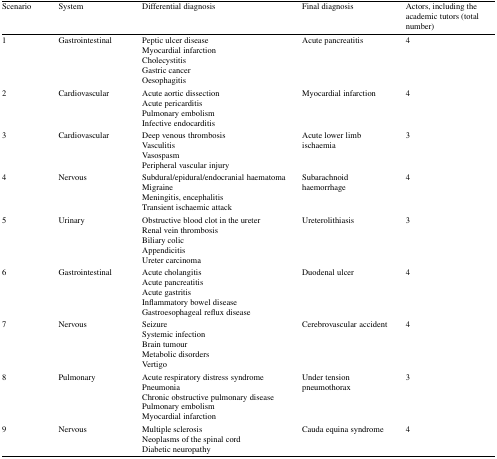
| Scenario | System | Differential diagnosis | Final diagnosis | Actors, including the academic tutors (total number) |
 | --- | --- | --- | --- | --- |
 | 1 | Gastrointestinal | Peptic ulcer diseaseMyocardial infarctionCholecystitisGastric cancerOesophagitis | Acute pancreatitis | 4 |
 | 2 | Cardiovascular | Acute aortic dissectionAcute pericarditisPulmonary embolismInfective endocarditis | Myocardial infarction | 4 |
 | 3 | Cardiovascular | Deep venous thrombosisVasculitisVasospasmPeripheral vascular injury | Acute lower limb ischaemia | 3 |
 | 4 | Nervous | Subdural/epidural/endocranial haematomaMigraineMeningitis, encephalitisTransient ischaemic attack | Subarachnoid haemorrhage | 4 |
 | 5 | Urinary | Obstructive blood clot in the ureterRenal vein thrombosisBiliary colicAppendicitisUreter carcinoma | Ureterolithiasis | 3 |
 | 6 | Gastrointestinal | Acute cholangitisAcute pancreatitisAcute gastritisInflammatory bowel diseaseGastroesophageal reflux disease | Duodenal ulcer | 4 |
 | 7 | Nervous | SeizureSystemic infectionBrain tumourMetabolic disordersVertigo | Cerebrovascular accident | 4 |
 | 8 | Pulmonary | Acute respiratory distress syndromePneumoniaChronic obstructive pulmonary diseasePulmonary embolismMyocardial infarction | Under tension pneumothorax | 3 |
 | 9 | Nervous | Multiple sclerosisNeoplasms of the spinal cordDiabetic neuropathy | Cauda equina syndrome | 4 |